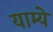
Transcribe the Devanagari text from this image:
याम्ये